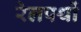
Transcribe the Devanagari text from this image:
रेलपथों